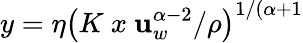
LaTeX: y=\eta\left(K~x~\mathbf{u}_{w}^{\alpha-2}/\rho\right)^{1/(\alpha+1}